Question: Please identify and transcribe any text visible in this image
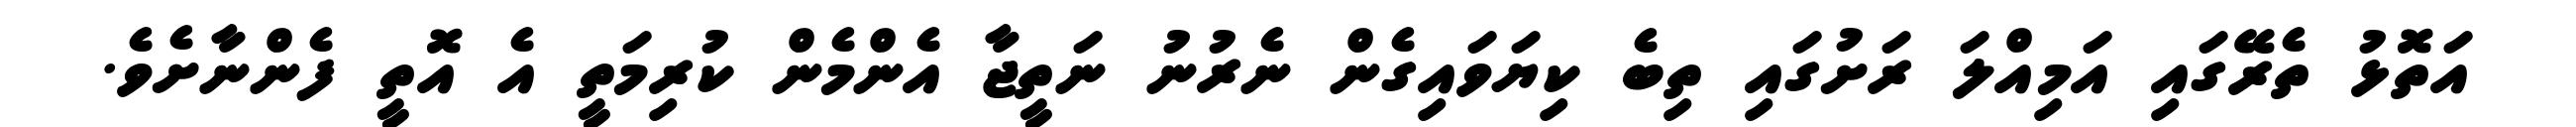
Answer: އަތޮޅު ތެރޭގައި އަމިއްލަ ރަށުގައި ތިބެ ކިޔަވައިގެން ނެރުނު ނަތީޖާ އެންމެން ކުރިމަތީ އެ އޮތީ ފެންނާށެވެ.